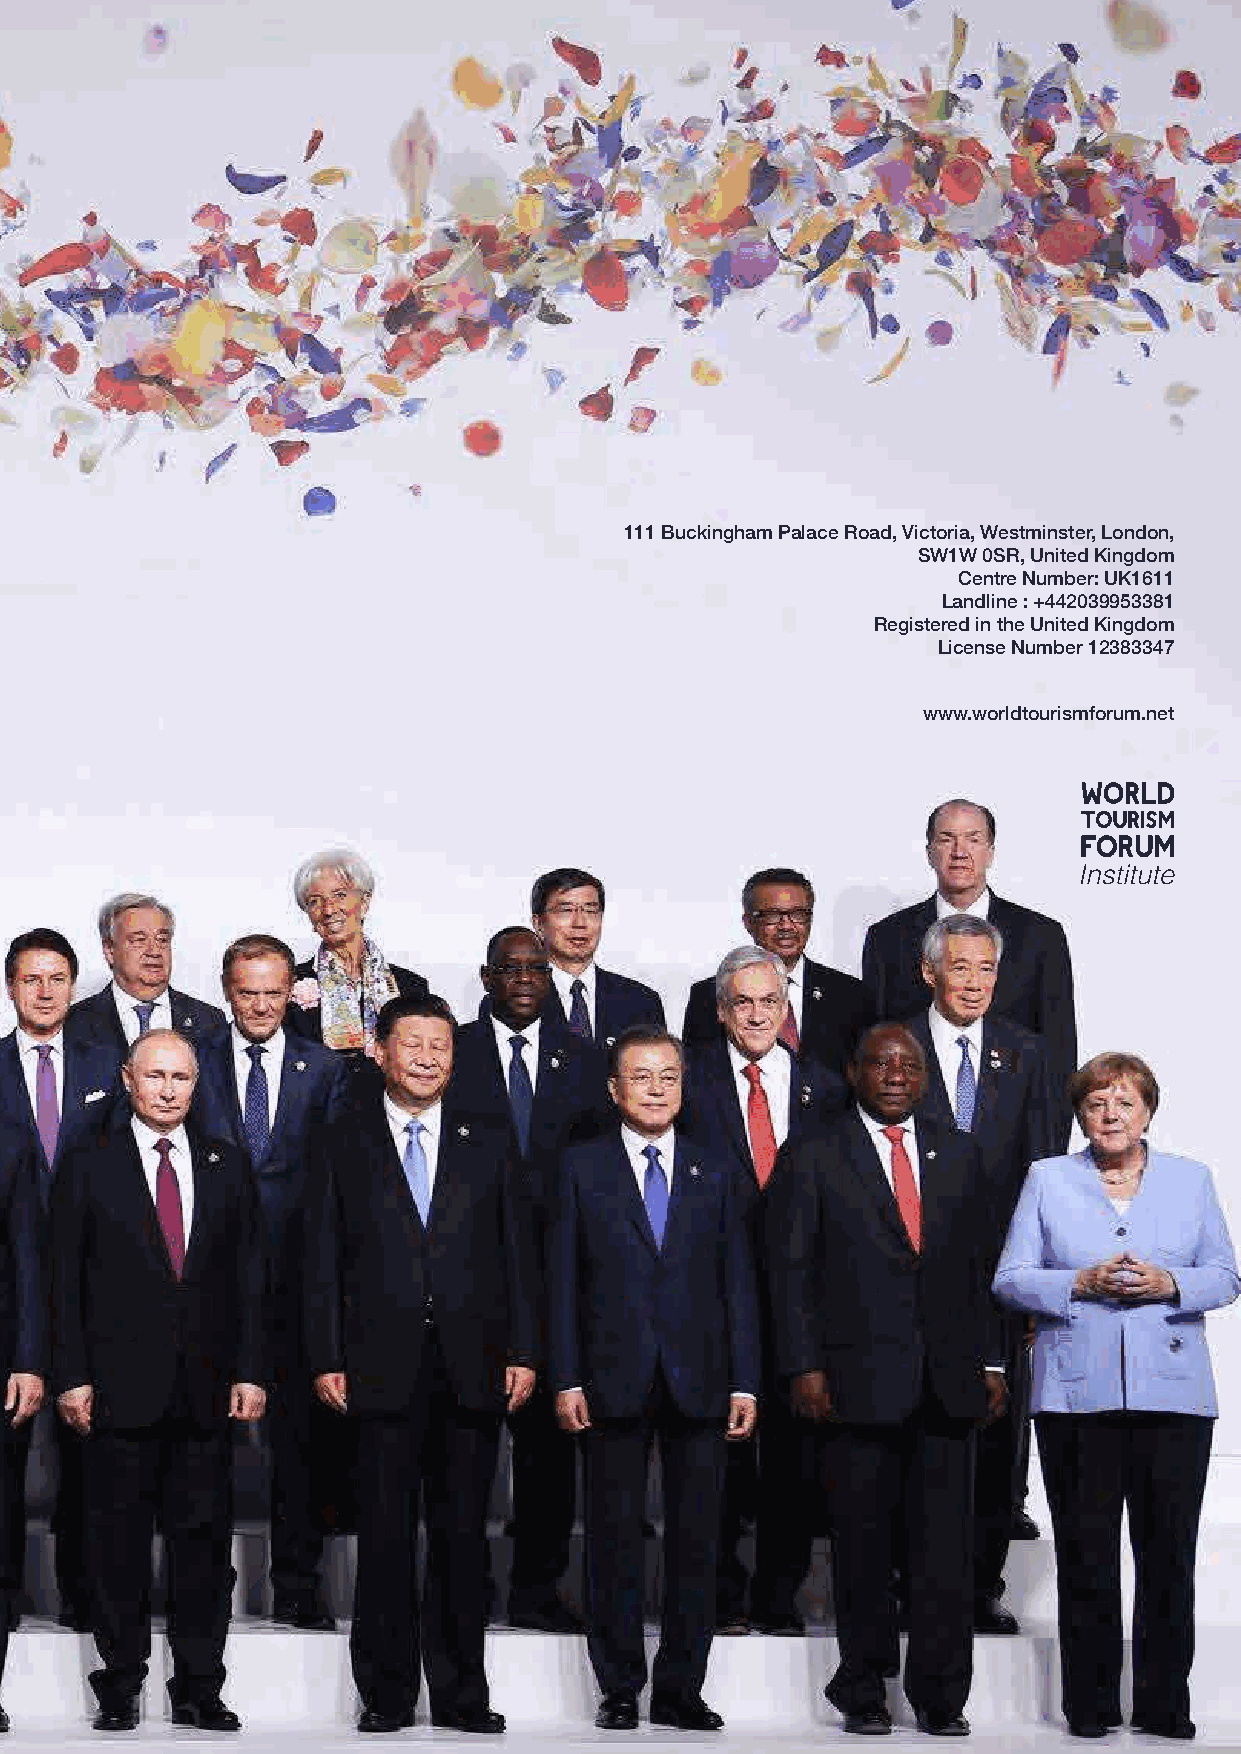
111 Buckingham Palace Road, Victoria, Westminster, London,
 SW1W 0SR, United Kingdom
 Centre Number: UK1611
 Landline : +442039953381
 Registered in the United Kingdom
 License Number 12383347
 www.worldtourismforum.net